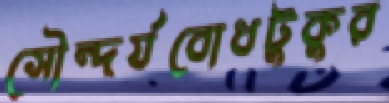
সৌন্দর্যবোধটুকুর